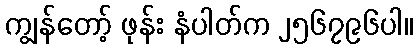
ကျွန်တော့် ဖုန်း နံပါတ်က ၂၅၆၇၉၆ပါ။